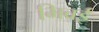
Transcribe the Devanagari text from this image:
भिवई